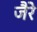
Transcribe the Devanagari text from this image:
जैरे